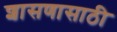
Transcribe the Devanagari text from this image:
शासणासाठी